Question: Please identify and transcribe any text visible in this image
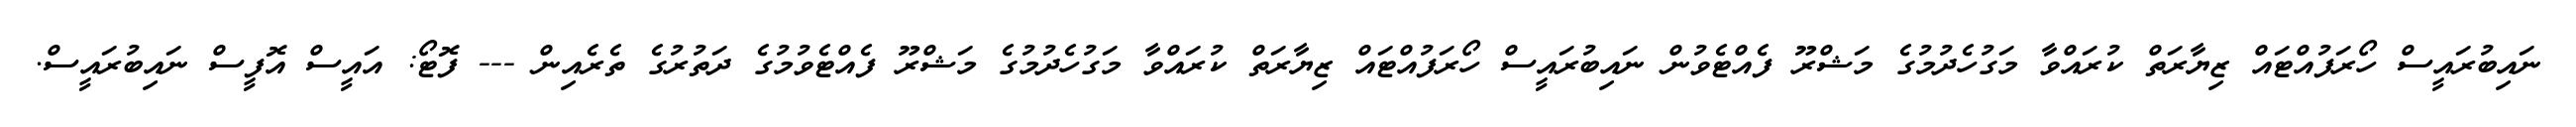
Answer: ނައިބުރައީސް ހޯރަފުއްޓައް ޒިޔާރަތް ކުރައްވާ މަގުހެދުމުގެ މަޝްރޫ ފެއްޓެވުން ނައިބުރައީސް ހޯރަފުއްޓައް ޒިޔާރަތް ކުރައްވާ މަގުހެދުމުގެ މަޝްރޫ ފެއްޓެވުމުގެ ދަތުރުގެ ތެރެއިން --- ފޮޓޯ: އައީސް އޮފީސް ނައިބުރައީސް.